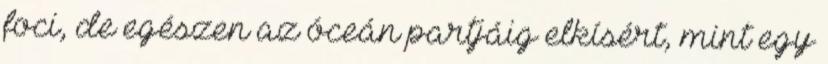
foci, de egészen az óceán partjáig elkísért, mint egy